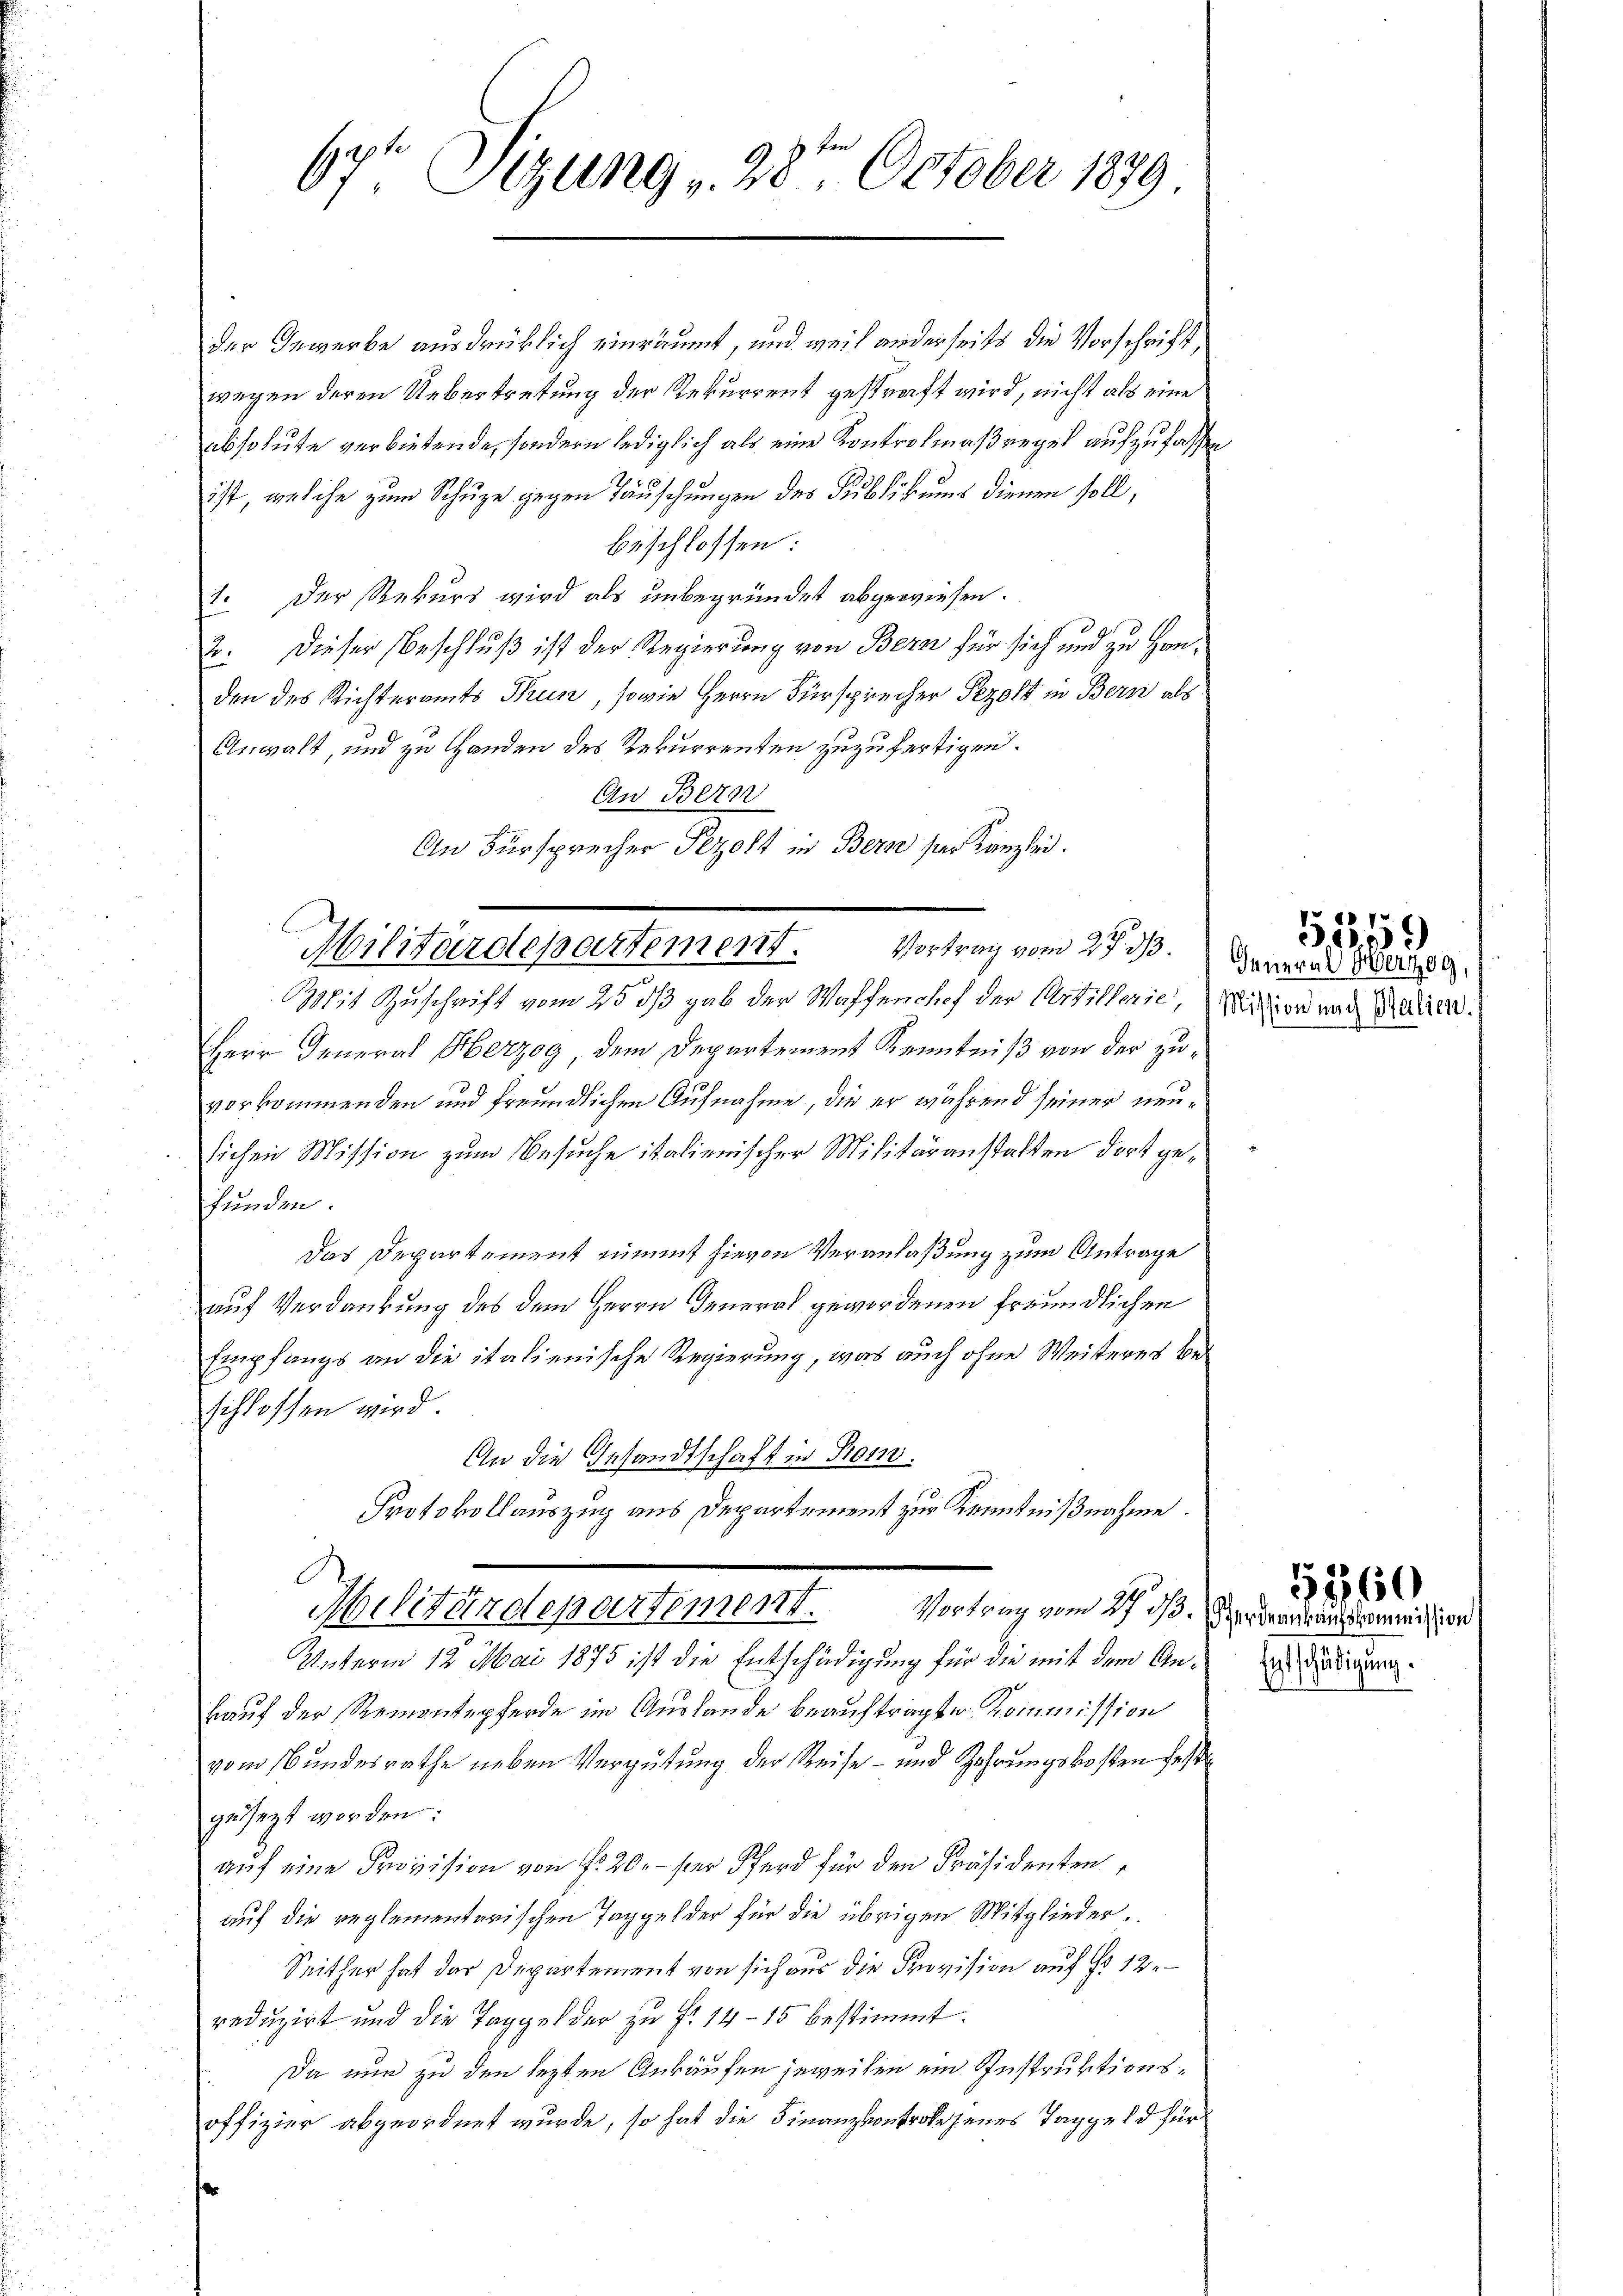
67t Sitzung 28te͇n October 1879

der Gewerbe ausdrüklich einräumt, und weil anderseits die Vorschrift,
wegen deren Uebertretung der Rekurrent gestraft wird, nicht als eine
absolute verbietende, sondern lediglich als eine Kontrolmaßregel aufzufassen
ist, welche zum Schüre gegen Täuschungen des Publikums dienen soll,
beschlossen:
1. Der Rekurs wird als unbegründet abgewiesen.
Dieser Beschluß ist der Regierung von Bern für sich und zu Han¬
12.
den des Richteramts Brun, sowie Herrn Fürsprecher Pezolt in Bern als
Anwalt, und zu Handen des Rekurrenten zuzufertigen.
An Bern
Mit Zuschrift vom 25 ds gab der Waffenchef der Artillerie, Mition und Beden
Herr General Herzog dem Departement Kenntniß von der zuvorkommenden und freundlichen Aufnahme, die er während seiner neusichen Mission zum Besuche italienischer Militäranstatten dort gefunden
Das Departement nimmt hievon Veranlaßung zum Antrage
auf Verdankung des dem Herrn General gewordenen freundlichen
Empfangs an die italienische Regierung, was auch ohne Weiteres beschlossen wird.
An die Gesandtschaft in Rom.
Protokollauszug aus Departement zur Kenntnißnahme.
Militärdepartement. Vortrag vom 27. ds. erlangenommißion
Unterm 12. Mai 1875 ist die Entschädigung für die mit dem Ankauf der Remontepferde im Auslande beauftragte Kommission
vom Bundesrathe neben Vergütung der Reise- und Zehrungskosten fest
gesezt worden:
auf eine Provision von Nr. 20. hier Pferd für den Präsidenten
auf die reglementarischen Taggelder für die übrigen Mitglieder.
Seither hat der Departement von sich aus die Provision auf d 12.
reduzirt und die Taggelder zu f. 14–15 bestimmt.
Da nun zu den lezten Ankäufen jeweisen ein Instruktionsoffizier abgeordnet wurde, so hat die Finanzkontrole jenes Taggeld für

An Fürsprecher Pezolt in Bern der Kanzlei.
Militärdepartement. Vortrag vom 27. ds.

General Herzog,

51559

Entschädigung.

5260